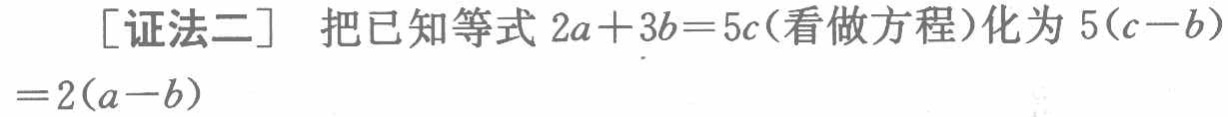
[证法二] 把已知等式 \(2a + 3b = 5c\)(看做方程)化为 \(5(c - b)=2(a - b)\)